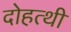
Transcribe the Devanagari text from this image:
दोहत्थी